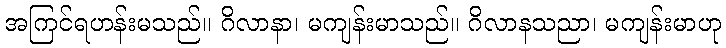
အကြင်ရဟန်းမသည်။ ဂိလာနာ၊ မကျန်းမာသည်။ ဂိလာနသညာ၊ မကျန်းမာဟု